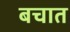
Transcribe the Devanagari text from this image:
बचात